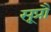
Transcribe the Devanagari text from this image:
सूप्रौ